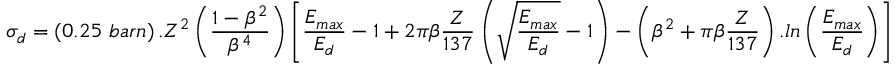
\sigma _ { d } = \left( 0 . 2 5 ~ b a r n \right) . Z ^ { 2 } \left( \frac { 1 - \beta ^ { 2 } } { \beta ^ { 4 } } \right) \left[ \frac { E _ { m a x } } { E _ { d } } - 1 + 2 \pi \beta \frac { Z } { 1 3 7 } \left( \sqrt { \frac { E _ { m a x } } { E _ { d } } } - 1 \right) - \left( \beta ^ { 2 } + \pi \beta \frac { Z } { 1 3 7 } \right) . l n \left( \frac { E _ { m a x } } { E _ { d } } \right) \right]